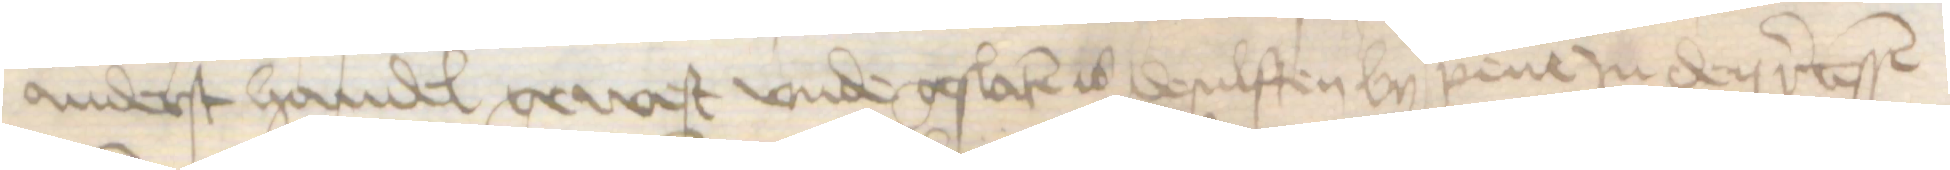
anderst handel gewest vnde geslaten is desulften by pene Jn den recessen